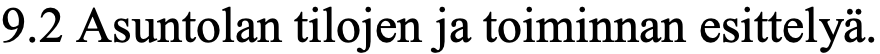
9.2 Asuntolan tilojen ja toiminnan esittelyä.